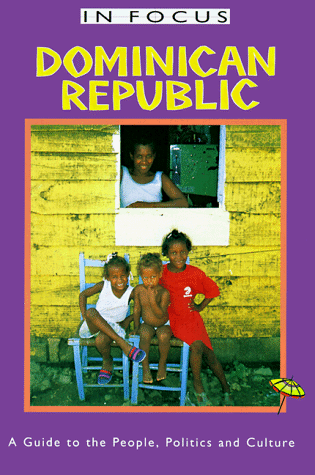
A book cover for Dominican Republic In Focus: A Guide to the People, Politics and Culture (In Focus Guides); David Howard; Travel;